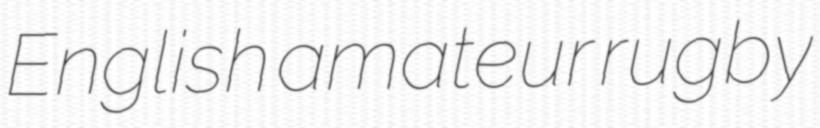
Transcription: English amateur rugby